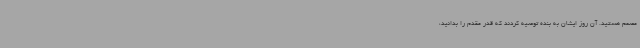
مصمم هستید. آن روز ایشان به بنده توصیه کردند که قدر مقدم را بدانید،